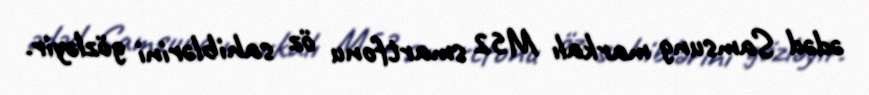
ədəd Samsung markalı M52 smartfonu öz sahiblərini gözləyir.